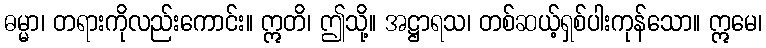
ဓမ္မာ၊ တရားကိုလည်းကောင်း။ ဣတိ၊ ဤသို့။ အဋ္ဌာရသ၊ တစ်ဆယ့်ရှစ်ပါးကုန်သော။ ဣမေ၊